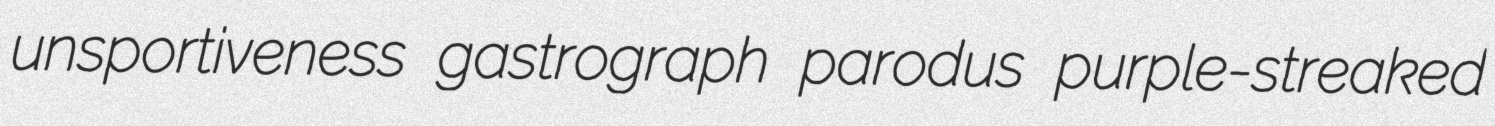
unsportiveness gastrograph parodus purple-streaked